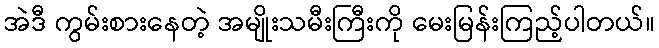
အဲဒီ ကွမ်းစားနေတဲ့ အမျိုးသမီးကြီးကို မေးမြန်းကြည့်ပါတယ်။